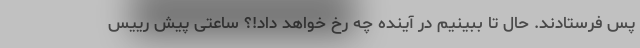
پس فرستادند. حال تا ببینیم در آینده چه رخ خواهد داد!؟َ ساعتی پیش رییس